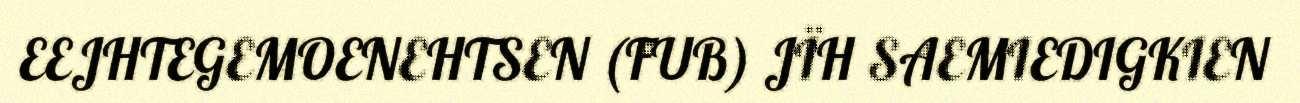
EEJHTEGEMOENEHTSEN (FUB) JÏH SAEMIEDIGKIEN